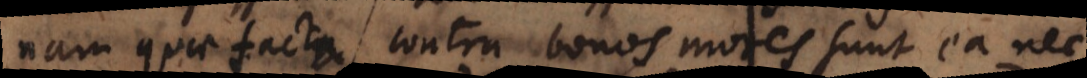
Nam quae facta contra bonos mores sunt ea nec